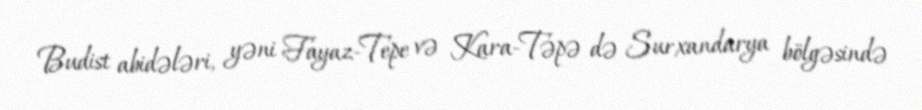
Budist abidələri, yəni Fayaz-Tepe və Kara-Təpə də Surxandarya bölgəsində